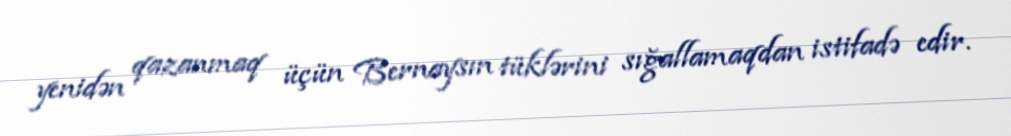
yenidən qazanmaq üçün Bernaysın tüklərini sığallamaqdan istifadə edir.